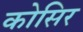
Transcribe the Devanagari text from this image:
कोसिर